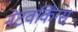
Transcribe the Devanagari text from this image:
नेटवर्किंग्स